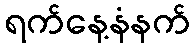
ရက်နေ့နံနက်